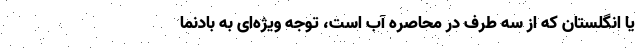
یا انگلستان که از سه طرف در محاصره آب است، توجه ویژه‌ای به بادنما